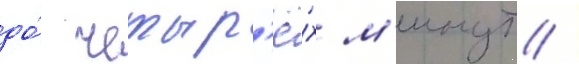
до́ четыр'ё́х м'инут /